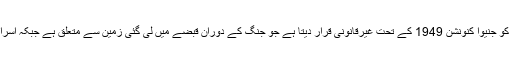
فلسطین اور عالمی برادری اسرائیلی آبادیوں کو جنیوا کنونشن 1949 کے تحت غیرقانونی قرار دیتا ہے جو جنگ کے دوران قبضے میں لی گئی زمین سے متعلق ہے جبکہ اسرائیل بیت المقدس کو اپنا مرکز قرار دیتا ہے۔